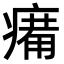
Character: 𤸶